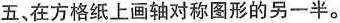
五、在方格纸上画轴对称图形的另一半。